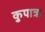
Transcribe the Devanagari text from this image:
कुपात्रा